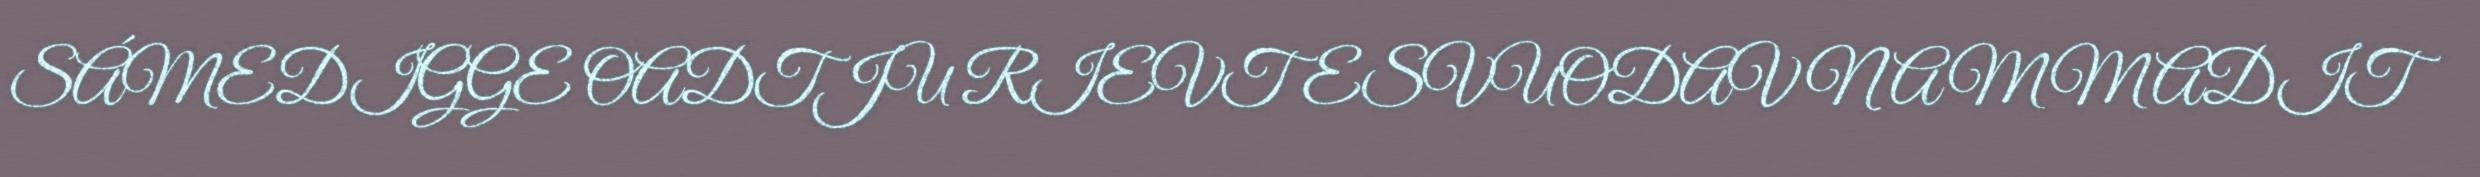
SÁMEDIGGE OADTJU RIEVTESVUODAV NAMMADIT